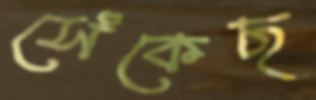
সেঁকেছ